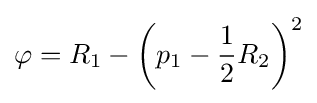
\varphi =R_{1}-\left(p_{1}-{\frac {1}{2}}R_{2}\right)^{2}